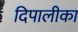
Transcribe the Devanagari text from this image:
दिपालीका